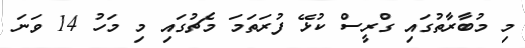
މި މުބާރާތުގައި ގްރީސް ކުޅޭ ފުރަތަމަ މެޗުގައި މި މަހު 14 ވަނަ